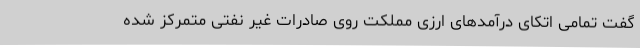
گفت تمامی اتکای درآمدهای ارزی مملکت روی صادرات غیر نفتی متمرکز شده